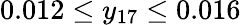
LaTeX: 0.012\leq y_{17}\leq 0.016